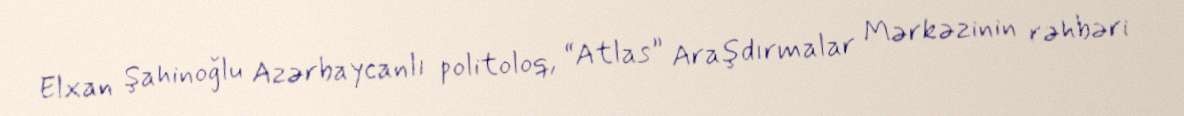
Elxan Şahinoğlu Azərbaycanlı politoloq, “Atlas” Araşdırmalar Mərkəzinin rəhbəri